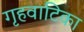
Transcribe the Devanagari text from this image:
गृहवाटिका